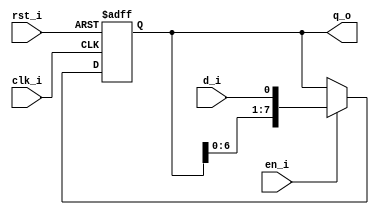
// Name: sipo_reg.v
//
// Description: Serial In - Parallel Out register

module sipo_reg #(
  parameter Width = 8
) (
  input              clk_i,
  input              rst_i,
  input              d_i,  
  input              en_i,
  output [Width-1:0] q_o
);	

  reg  [Width-1:0] reg_q;
  wire [Width-1:0] mux_d;

  assign mux_d = (en_i) ? {reg_q[Width-2:0], d_i} : reg_q;

  always @(posedge clk_i, posedge rst_i) begin
    if (rst_i)
      reg_q <= 0;
    else
      reg_q <= mux_d;
  end

  assign q_o = reg_q;
  
endmodule